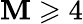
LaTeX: \mathbf{M}\geqslant4